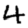
Digit: 4